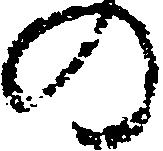
の